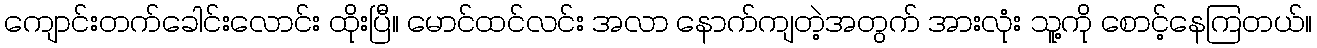
ကျောင်းတက်ခေါင်းလောင်း ထိုးပြီ။ မောင်ထင်လင်း အလာ နောက်ကျတဲ့အတွက် အားလုံး သူ့ကို စောင့်နေကြတယ်။